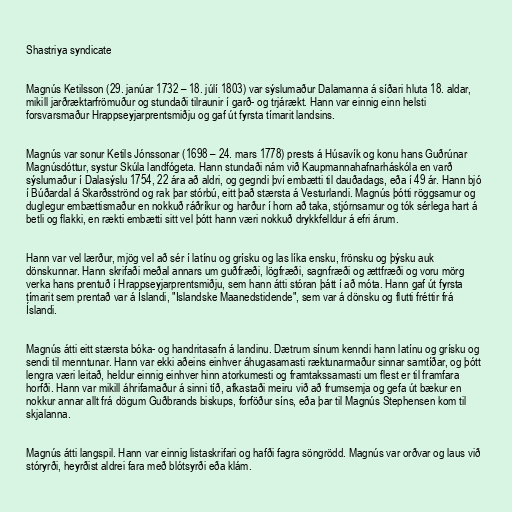
Shastriya syndicate

Magnús Ketilsson (29. janúar 1732 – 18. júlí 1803) var sýslumaður Dalamanna á síðari hluta 18. aldar,
mikill jarðræktarfrömuður og stundaði tilraunir í garð- og trjárækt. Hann var einnig einn helsti
forsvarsmaður Hrappseyjarprentsmiðju og gaf út fyrsta tímarit landsins.

Magnús var sonur Ketils Jónssonar (1698 – 24. mars 1778) prests á Húsavík og konu hans Guðrúnar
Magnúsdóttur, systur Skúla landfógeta. Hann stundaði nám við Kaupmannahafnarháskóla en varð
sýslumaður í Dalasýslu 1754, 22 ára að aldri, og gegndi því embætti til dauðadags, eða í 49 ár. Hann bjó
í Búðardal á Skarðsströnd og rak þar stórbú, eitt það stærsta á Vesturlandi. Magnús þótti röggsamur og
duglegur embættismaður en nokkuð ráðríkur og harður í horn að taka, stjórnsamur og tók sérlega hart á
betli og flakki, en rækti embætti sitt vel þótt hann væri nokkuð drykkfelldur á efri árum.

Hann var vel lærður, mjög vel að sér í latínu og grísku og las líka ensku, frönsku og þýsku auk
dönskunnar. Hann skrifaði meðal annars um guðfræði, lögfræði, sagnfræði og ættfræði og voru mörg
verka hans prentuð í Hrappseyjarprentsmiðju, sem hann átti stóran þátt í að móta. Hann gaf út fyrsta
tímarit sem prentað var á Íslandi, "Islandske Maanedstidende", sem var á dönsku og flutti fréttir frá
Íslandi.

Magnús átti eitt stærsta bóka- og handritasafn á landinu. Dætrum sínum kenndi hann latínu og grísku og
sendi til menntunar. Hann var ekki aðeins einhver áhugasamasti ræktunarmaður sinnar samtíðar, og þótt
lengra væri leitað, heldur einnig einhver hinn atorkumesti og framtakssamasti um flest er til framfara
horfði. Hann var mikill áhrifamaður á sinni tíð, afkastaði meiru við að frumsemja og gefa út bækur en
nokkur annar allt frá dögum Guðbrands biskups, forföður síns, eða þar til Magnús Stephensen kom til
skjalanna.

Magnús átti langspil. Hann var einnig listaskrifari og hafði fagra söngrödd. Magnús var orðvar og laus við
stóryrði, heyrðist aldrei fara með blótsyrði eða klám.